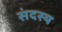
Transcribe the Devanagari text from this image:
संदस्य